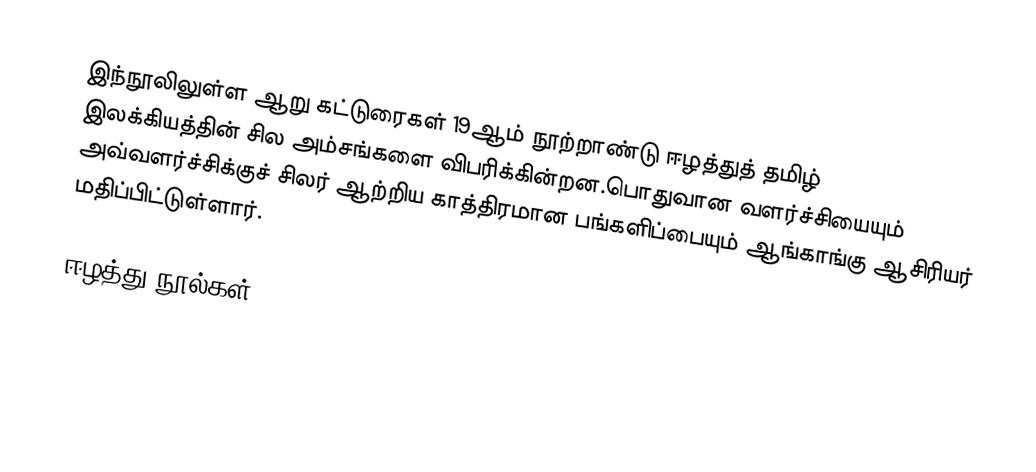
இந்நூலிலுள்ள ஆறு கட்டுரைகள் 19ஆம் நூற்றாண்டு ஈழத்துத் தமிழ் இலக்கியத்தின் சில அம்சங்களை விபரிக்கின்றன.பொதுவான வளர்ச்சியையும் அவ்வளர்ச்சிக்குச் சிலர் ஆற்றிய காத்திரமான பங்களிப்பையும் ஆங்காங்கு ஆசிரியர் மதிப்பிட்டுள்ளார்.

ஈழத்து நூல்கள்